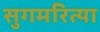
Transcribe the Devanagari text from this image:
सुगमरित्या